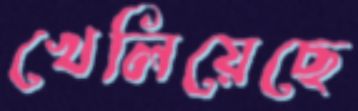
খেলিয়েছে